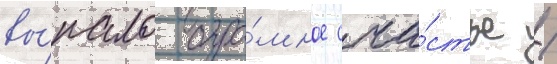
вы́пало огро́мное сча́стье /